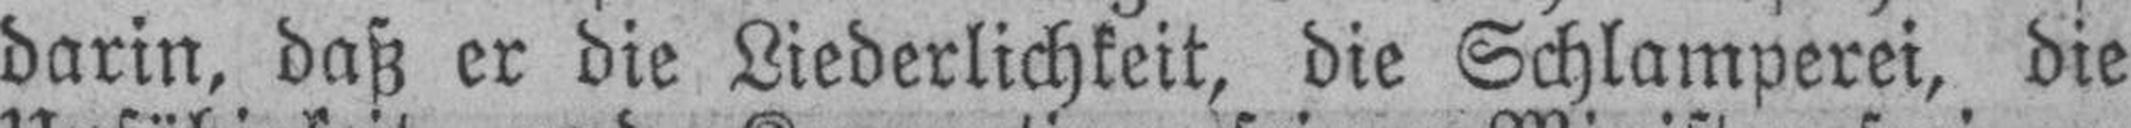
darin, daß er die Liederlichkeit, die Schlamperei, die